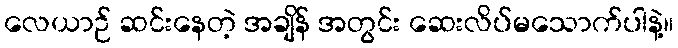
လေယာဉ် ဆင်းနေတဲ့ အချိန် အတွင်း ဆေးလိပ်မသောက်ပါနဲ့။